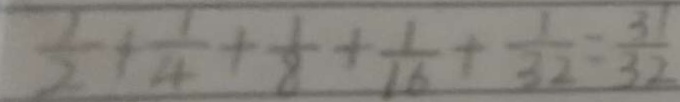
\frac { 1 } { 2 } + \frac { 1 } { 4 } + \frac { 1 } { 8 } + \frac { 1 } { 1 6 } + \frac { 1 } { 3 2 } = \frac { 3 1 } { 3 2 }